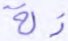
ذلة